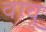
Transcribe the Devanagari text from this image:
वावू